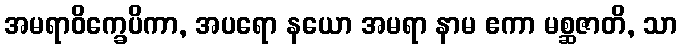
အမရာဝိက္ခေပိကာ, အပရော နယော အမရာ နာမ ဧကာ မစ္ဆဇာတိ, သာ